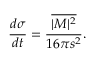
\frac { d \sigma } { d t } = \frac { \overline { { { | { \cal M } | ^ { 2 } } } } } { 1 6 \pi s ^ { 2 } } .